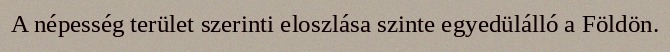
A népesség terület szerinti eloszlása szinte egyedülálló a Földön.